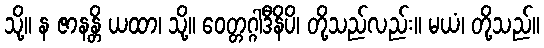
သို့။ န ဇာနန္တိ ယထာ၊ သို့။ ဝေတ္တဂ္ဂါဒီနိပိ၊ တို့သည်လည်း။ မယံ၊ တို့သည်။